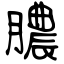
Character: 膿